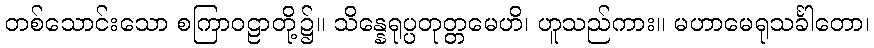
တစ်သောင်းသော စကြာဝဠာတို့၌။ သိန္နေရုပ္ပတုတ္တမေဟိ၊ ဟူသည်ကား။ မဟာမေရုသင်္ခါတော၊